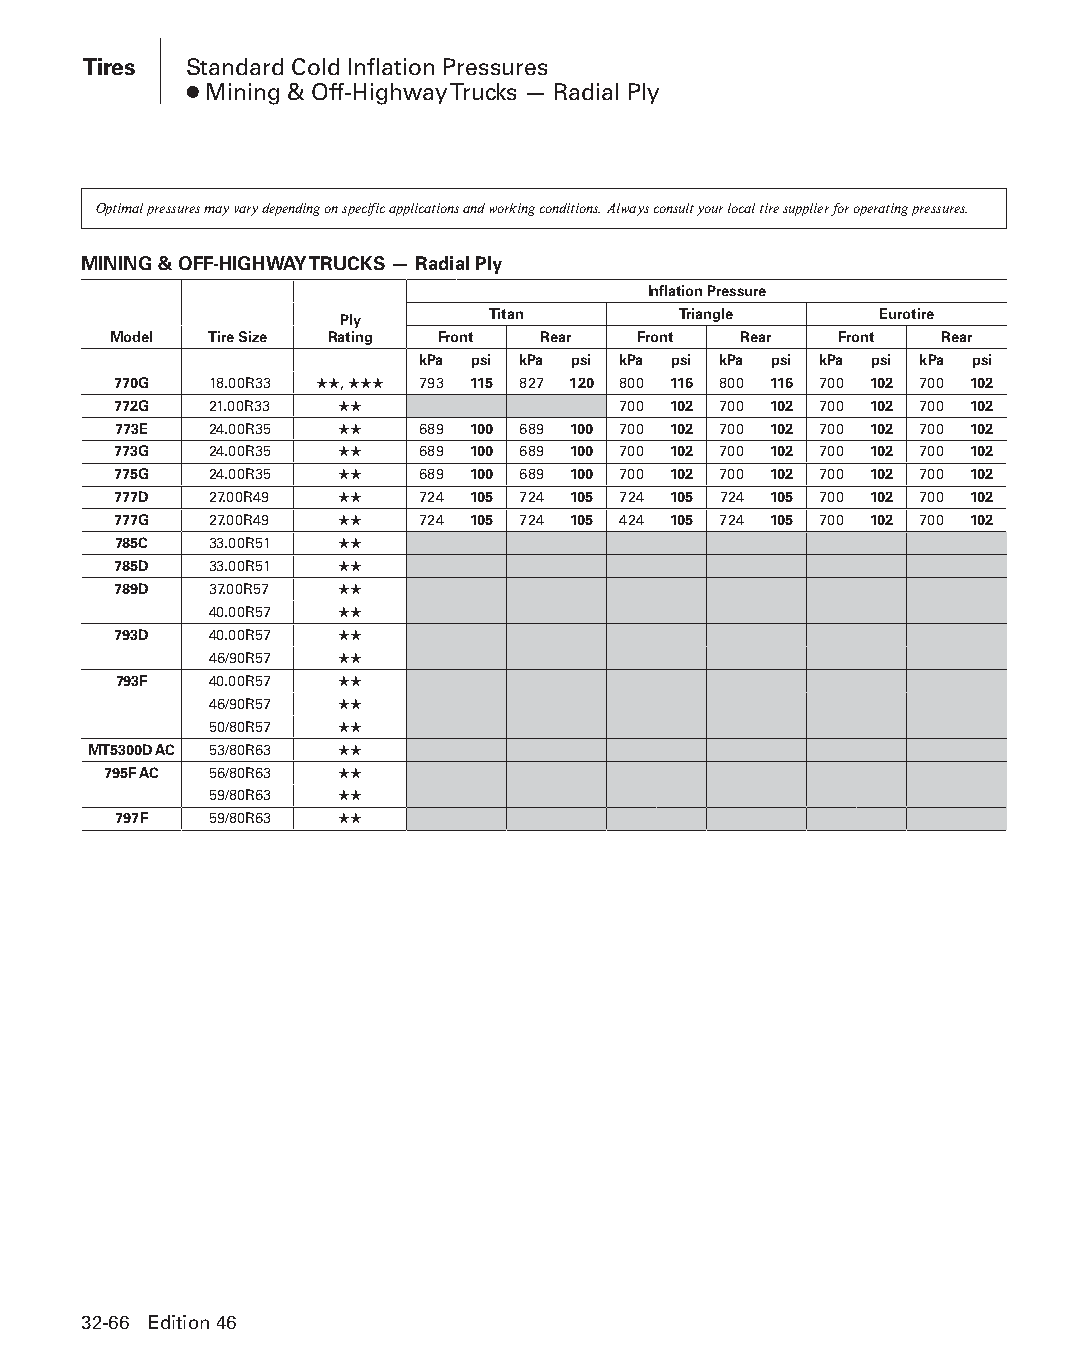
Tires  Standard Cold Inflation Pressures
 ● Mining & Off-Highway Trucks — Radial Ply
 Optimal pressures may vary depending on specific applications and working conditions. Always consult your local tire supplier for operating pressures.
 MINING & OFF-HIGHWAY TRUCKS — Radial Ply
 Inflation Pressure
 Ply       Titan       Triangle      Eurotire
 Model Tire Size Rating Front Rear  Front Rear   Front  Rear
 kPa psi kPa psi kPa psi kPa psi kPa psi kPa psi
 770G  18.00R33 ★★, ★★★ 793 115 827 120 800 116 800 116 700 102 700 102
 772G  21.00R33 ★★                700 102 700 102 700 102 700 102
 773E  24.00R35 ★★   689 100 689 100 700 102 700 102 700 102 700 102
 773G  24.00R35 ★★   689 100 689 100 700 102 700 102 700 102 700 102
 775G  24.00R35 ★★   689 100 689 100 700 102 700 102 700 102 700 102
 777D  27.00R49 ★★   724 105 724 105 724 105 724 105 700 102 700 102
 777G  27.00R49 ★★   724 105 724 105 424 105 724 105 700 102 700 102
 785C  33.00R51 ★★
 785D  33.00R51 ★★
 789D  37.00R57 ★★
 40.00R57 ★★
 793D  40.00R57 ★★
 46/90R57 ★★
 793F  40.00R57 ★★
 46/90R57 ★★
 50/80R57 ★★
 MT5300D AC 53/80R63 ★★
 795F AC 56/80R63 ★★
 59/80R63 ★★
 797F  59/80R63 ★★
 32-66 Edition 46
 PPHHBB--SSeecc3322--1166..iinndddd 6666                        1122//44//1155 1111::2244 AAMM